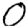
Digit: 0